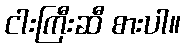
ငါးကြီးဆီ စားပါ။